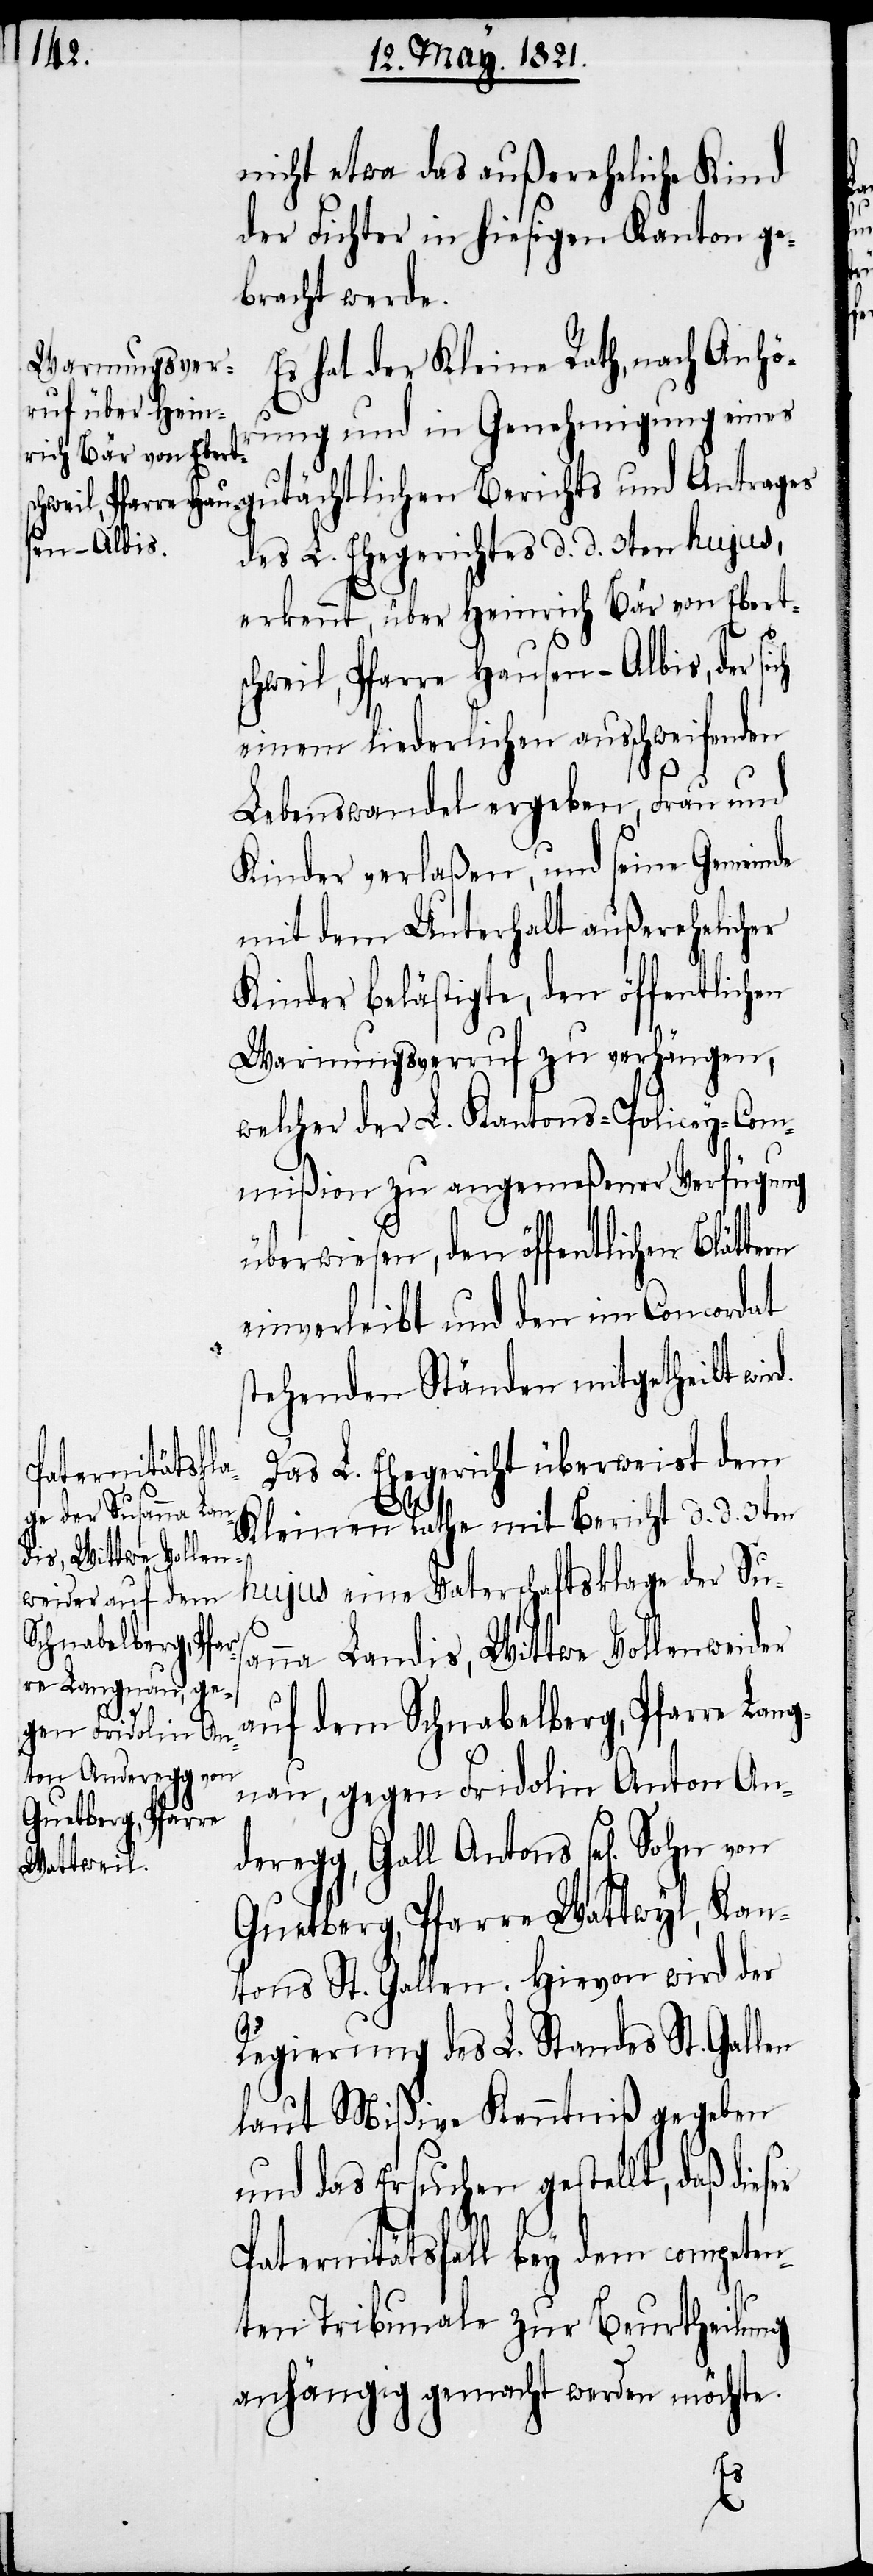
nicht etwa das außereheliche Kind
der Fichter in hiesigen Kanton ge¬
bracht werde.
Es hat der Kleine Rath, nach Anhör¬
ung und in Genehmigung eines
utächtlichen Berichts und Antrages
des L. Ehegerichtes d. d. 3ten hujus,
erkennt, über Heinrich Bär von Eberts¬
chweil, Pfarre Hausen-Albis, der
einem liederlichen ausschweifenden
Lebenswandel ergeben, Frau und
Kinder verlaßen, und seine Gemeinde
mit dem Unterhalt außerehelicher
Kinder belästigte, den öffentlichen
Warnungsverruf zu verhängen,
welcher der L. Kantons-Policey-Com¬
mißion zu angemeßener Verfügung
überwiesen, den öffentlichen Blättern
einverleibt und den im Concordat
stehenden Ständen mitgetheilt wir¬
Das L. Ehegericht überweist dem
Kleinen Rathe mit Bericht d. d. 3ten
hujus eine Vaterschaftsklage der Sus¬
anna Landis, Wittwe Vollenweider
ser
auf dem Schnabelberg, Pfarre Lang¬
nau, gegen Fridolin Anton An¬
Guetberg, Pfarre
deregg, Gall Antons sel[igen] Sohn
Wattwyl
tons St. Gallen. Hievon wird der
Regierung des L. Standes St. Gallen
laut Mißive Kenntniß gegeben
und das Ersuchen gestellt, daß die¬
d.
Paternitätsfall bey dem competen¬
ten Tribunale zur Beurtheilung
anhängig gemacht werden möchte.